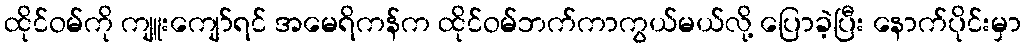
ထိုင်ဝမ်ကို ကျူးကျော်ရင် အမေရိကန်က ထိုင်ဝမ်ဘက်ကာကွယ်မယ်လို့ ပြောခဲ့ပြီး နောက်ပိုင်းမှာ